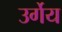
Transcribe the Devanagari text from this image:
उर्गेय